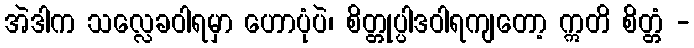
အဲဒါက သလ္လေခဝါရမှာ ဟောပုံပဲ၊ စိတ္တုပ္ပါဒဝါရကျတော့ ဣတိ စိတ္တံ -